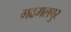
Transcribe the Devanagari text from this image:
गढमलपुर